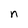
Character: n